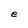
Character: e